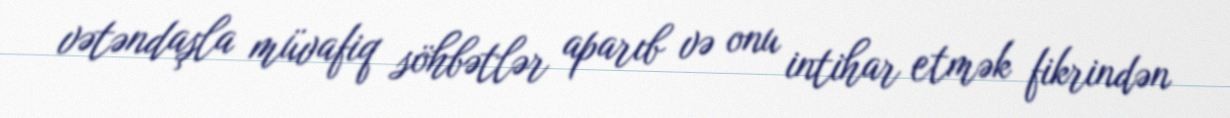
vətəndaşla müvafiq söhbətlər aparıb və onu intihar etmək fikrindən